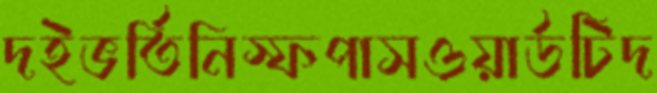
দইভর্তিনিস্ফপাসওয়ার্ডটিদ